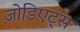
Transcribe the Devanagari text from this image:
ज़ोडिएट्स